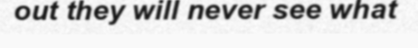
out they will never see what